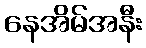
နေအိမ်အနီး